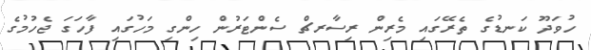
ހުވަދޫ ކަނޑުގެ ތެރޭގައި މެރިން ރިސާރޗް ސެންޓަރުން ހިންގި މަހުގައި ފާހަގަ ޖެހުމުގެ